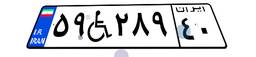
۵۹W۲۸۹۴۰